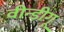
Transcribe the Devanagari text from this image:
वीन्डीगू